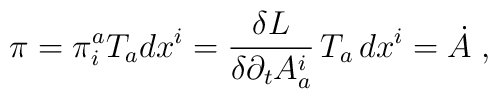
\pi = \pi_i^a T_a dx^i        = \frac{\delta L}{\delta\partial_t A^i_a}           \,T_a\, dx^i        = \dot{A} \; ,